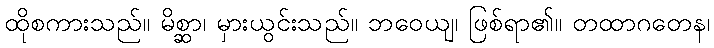
ထိုစကားသည်။ မိစ္ဆာ၊ မှားယွင်းသည်။ ဘဝေယျ၊ ဖြစ်ရာ၏။ တထာဂတေန၊